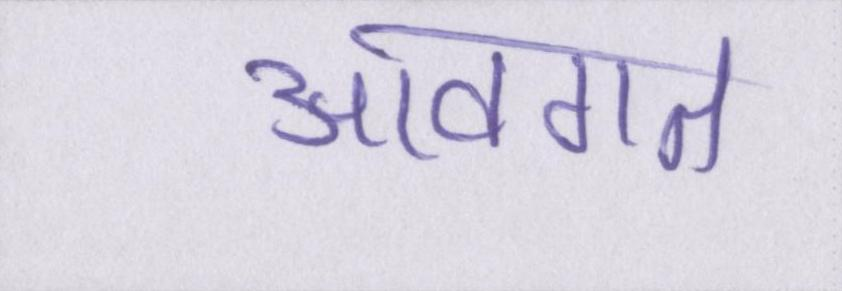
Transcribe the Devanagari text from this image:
आवगत